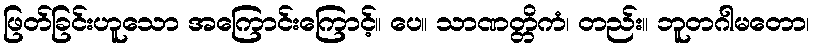
ဖြတ်ခြင်းဟူသော အကြောင်းကြောင့်။ ပေ။ သာဏတ္တိကံ၊ တည်း။ ဘူတဂါမတော၊